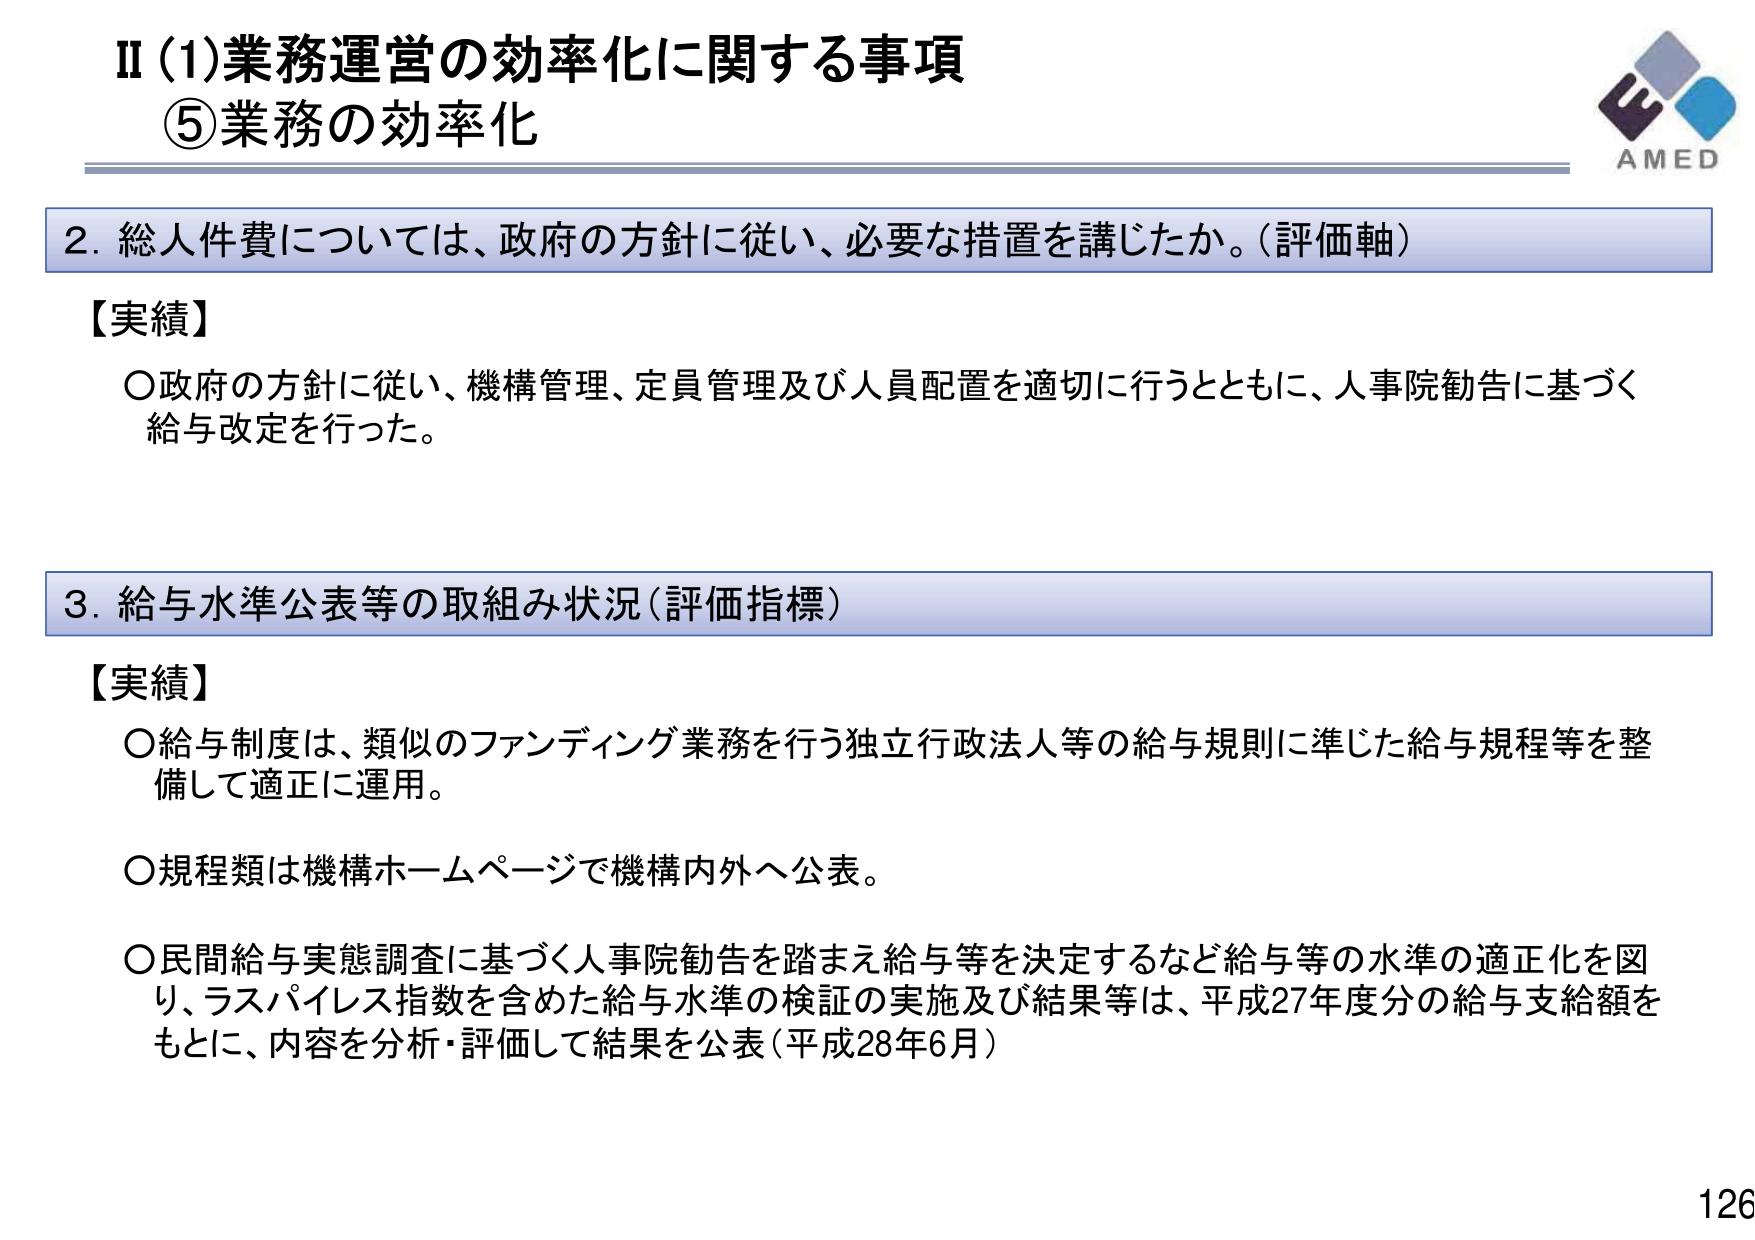
Ⅱ(1)業務運営の効率化に関する事項
⑤業務の効率化

2. 総人件費については、政府の方針に従い、必要な措置を講じたか。（評価軸）

【実績】
○政府の方針に従い、機構管理、定員管理及び人員配置を適切に行うとともに、人事院勧告に基づく給与改定を行った。

3. 給与水準公表等の取組み状況（評価指標）

【実績】
○給与制度は、類似のファンディング業務を行う独立行政法人等の給与規則に準じた給与規程等を整備して適正に運用。
○規程類は機構ホームページで機構内外へ公表。
○民間給与実態調査に基づく人事院勧告を踏まえ給与等を決定するなど給与等の水準の適正化を図り、ラスパイレス指数を含めた給与水準の検証の実施及び結果等は、平成27年度分の給与支給額をもとに、内容を分析・評価して結果を公表（平成28年6月）

AMED
126